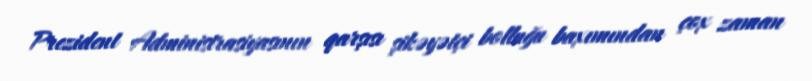
Prezident Administrasiyasının qarşısı şikəyətçi bolluğu baxımından çox zaman